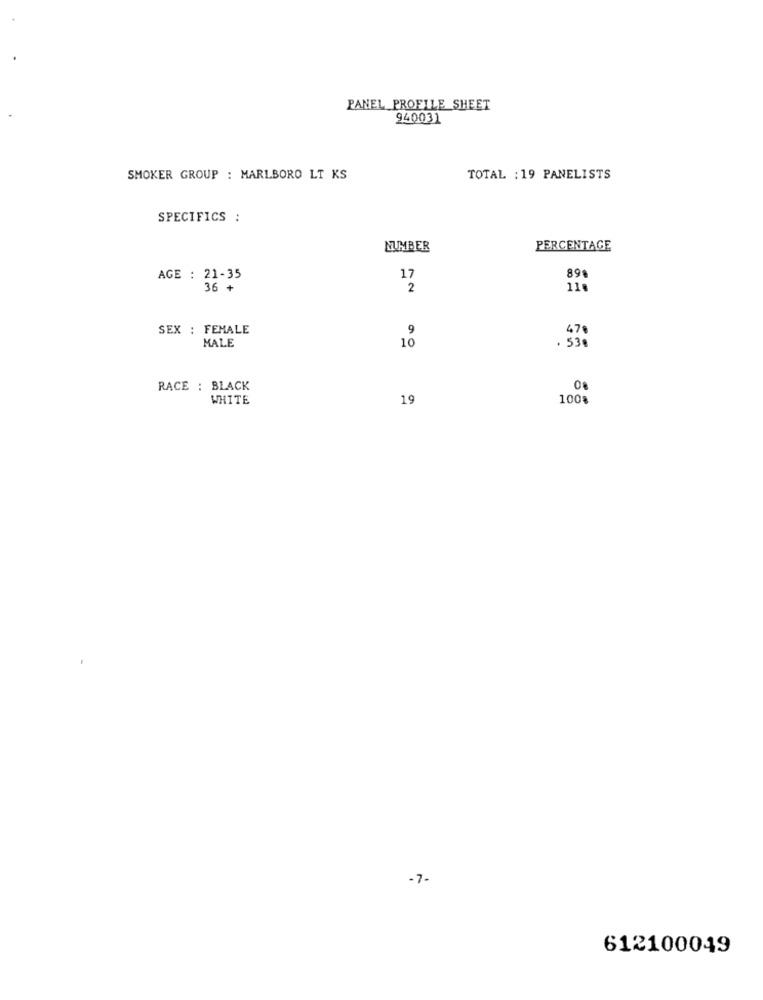
PANEL PROFILE SHEET
940031
SMOKER GROUP : MARLBORO LT KS
TOTAL : 19 PANELISTS
SPECIFICS :
NUMBER
PERCENTAGE
AGE : 21-35
17
89
36 +
2
11.
SEX : FEMALE
MALE
. 530
RACE : BLACK
0%
WHITE
19
100%
-7-
612100049